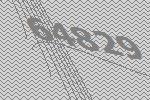
64829